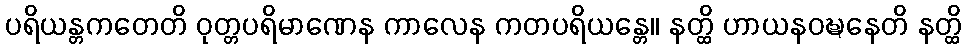
ပရိယန္တကတေတိ ဝုတ္တပရိမာဏေန ကာလေန ကတပရိယန္တေ။ နတ္ထိ ဟာယနဝဍ္ဎနေတိ နတ္ထိ